Rangoon Lunatic Asylum 1893-1897 - 1893-1897
Year: 1893
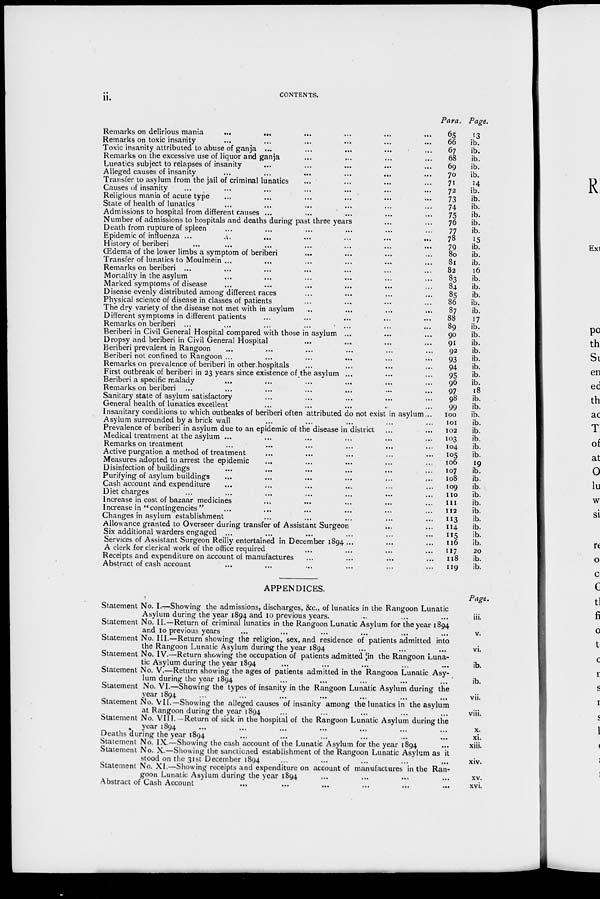
ii. CONTENTS.
Remarks on delirious mania
...
...
... ... ... ...
Remarks on toxic insanity ... ... ... ... ... ...
Toxic insanity attributed to abuse of ganja ... ... ... ... ...
Remarks on the excessive use of liquor and ganja ... ... ... ...
Lunatics subject to relapses of insanity ... ... ... ... ...
Alleged causes of insanity
...
...
...
... ... ...
Transfer to asylum from the jail of criminal lunatics ... ... ...
Causes of insanity ... ... ... ... ... ...
Religious mania of acute type ... ... ... ... ...
State of health of lunatics ... ... ... ... ...
Admissions to hospital from different causes ... ... ... ... ...
Number of admissions to hospitals and deaths during past three years ... ...
Death from rupture of spleen ... ... ... ... ... ...
Epidemic of influenza ...
... ... ... ... ...
History of beriberi ... ... ... ... ... ... ...
Œdema of the lower limbs a symptom of beriberi ... ... ... ...
Transfer of lunatics to Moulmein ... ... ... ...
Remarks on beriberi ... ... ... ... ... ...
Mortality in the asylum ... ... ... ... ...
Marked symptoms of disease ... ... ... ... ...
Disease evenly distributed among different races ... ... ... ... ...
Physical science of disease in classes of patients ... ... ... ... ...
The dry variety of the disease not met with in asylum ... ... ... ... ...
Different symptoms in different patients ... ... ... ... ...
Remarks on beriberi ... ... ... ... ... ... ...
Beriberi in Civil General Hospital compared with those in asylum ... ... ...
Dropsy and beriberi in Civil General Hospital ... ... ... ... ...
Beriberi prevalent in Rangoon ... ... ... ... ...
Beriberi not confined to Rangoon ... ... ... ... ... ...
Remarks on prevalence of beriberi in other hospitals ... ... ... ...
First outbreak of beriberi in 23 years since existence of the asylum ... ... ...
Beriberi a specific malady ... ... ... ... ...
Remarks on beriberi ... ... ... ... ... ...
Sanitary state of asylum satisfactory ... ... ... ... ...
General health of lunatics excellent ... ... ... ... ...
Insanitary conditions to which outbeaks of beriberi often attributed do not exist in asylum...
Asylum surrounded by a brick wall ... ... ... ... ...
Prevalence of beriberi in asylum due to an epidemic of the disease in district ... ...
Medical treatment at the asylum ... ... ... ... ... ...
Remarks on treatment ... ... ... ... ... ...
Active purgation a method of treatment ... ... ... ... ...
Measures adopted to arrest the epidemic ... ... ... ... ...
Disinfection of buildings ... ... ... ... ...
Purifying of asylum buildings ... ... ... ... ... ...
Cash account and expenditure ... ... ... ... ... ...
Diet charges ... ... ... ... ... ...
Increase in cost of bazaar medicines ... ... ... ...
Increase in " contingencies " ... ... ... ... ...
Changes in asylum establishment ... ... ... ...
Allowance granted to Overseer during transfer of Assistant Surgeon ... ...
Six additional warders engaged ... ... ... ...
Services of Assistant Surgeon Reilly entertained in December 1894 ... ... ...
A clerk for clerical work of the office required ... ... ... ...
Receipts and expenditure on account of manufactures ... ... ... ...
Abstract of cash account ... ... ... ... ...
Para.
65
66
67
68
69
70
71
72
73
74
75
76
77
78
79
80
81
82
83
84
85
86
87
88
89
90
91
92
93
94
95
96
97
98
99
100
101
102
103
104
105
106
107
108
109
110
111
112
113
114
115
116
117
118
119
Page.
13
ib.
ib.
ib.
ib.
ib.
14
ib.
ib.
ib.
ib.
ib.
ib.
15
ib.
ib.
ib.
16
ib.
ib.
ib.
ib.
ib.
17
ib.
ib.
ib.
ib.
ib.
ib.
ib.
ib.
18
ib.
ib.
ib.
ib.
ib.
ib.
ib.
ib.
19
ib.
ib.
ib.
ib.
ib.
ib.
ib.
ib.
ib.
ib.
20
ib.
ib.
APPENDICES.
Statement No. I.—Showing the admissions, discharges, &c., of lunatics in the Rangoon Lunatic
Asylum during the year 1894 and 10 previous years. ... ... ...
Statement No. II.—Return of criminal lunatics in the Rangoon Lunatic Asylum for the year 1894
and 10 previous years ... ... ... ... ... ...
Statement No. III.—Return showing the religion, sex, and residence of patients admitted into
the Rangoon Lunatic Asylum during the year 1894 ... ... ...
Statement No. IV.—Return showing the occupation of patients admitted in the Rangoon Luna-
tic Asylum during the year 1894 ... ... ...
Statement No. V.—Return showing the ages of patients admitted in the Rangoon Lunatic Asy-
lum during the year 1894 ... ... ...
Statement No. VI.—Showing the types of insanity in the Rangoon Lunatic Asylum during the
year 1894 ... ... ... ... ... ... ...
Statement No. VII.—Showing the alleged causes of insanity among the lunatics in the asylum
at Rangoon during the year 1894 ... ... ... ... ...
Statement No. VIII. —Return of sick in the hospital of the Rangoon Lunatic Asylum during the
year 1894 ... ... ... ... ... ... ...
Deaths during the year 1894 ... ... ... ... ... ...
Statement No. IX.—Showing the cash account of the Lunatic Asylum for the year 1894 ...
Statement No. X.—Showing the sanctioned establishment of the Rangoon Lunatic Asylum as it
stood on the 31st December 1894 ... ... ... ... ...
Statement No. XI.—Showing receipts and expenditure on account of manufactures in the Ran-
goon Lunatic Asylum during the year 1894 ... ... ... ...
Abstract of Cash Account
...
...
... ... ... ...
Page.
iii.
v.
vi.
ib.
ib.
vii.
viii.
x.
xi.
xiii.
xiv.
xv.
xvi.